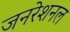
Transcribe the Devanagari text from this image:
जनरेशनल